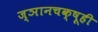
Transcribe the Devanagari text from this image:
ज्ञानचक्षूही